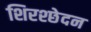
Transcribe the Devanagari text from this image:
शिरश्छेदन